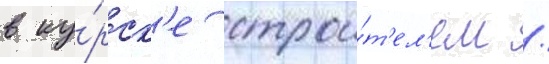
в ку́рск'е строи́т'ел'ем /